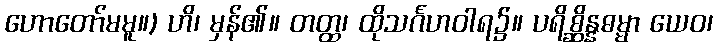
ဟောတော်မမူ။) ဟိ၊ မှန်၏။ တတ္ထ၊ ထိုသင်္ဂဟဝါရ၌။ ပရိစ္ဆိန္နဓမ္မာ ယေဝ၊